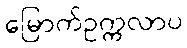
မြောက်ဥက္ကလာပ